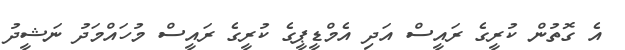
އެ ގޮތުން ކުރީގެ ރައީސް އަދި އެމްޑީޕީގެ ކުރީގެ ރައީސް މުހައްމަދު ނަޝީދު